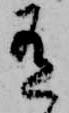
有